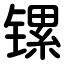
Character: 镙